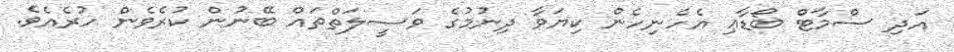
އަދި ސްމާޓް ބޯޑާޢި އެހެނިހެން ކިޔަވާ ދިނުމުގެ ވަޞީލަތްތައް ބޭނުން ކުރެވެން ހުރެއެވެ.